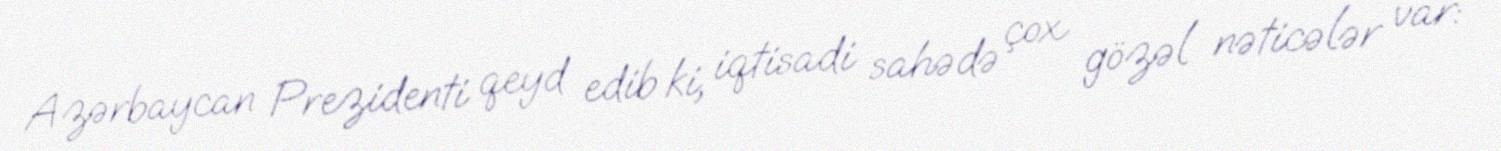
Azərbaycan Prezidenti qeyd edib ki, iqtisadi sahədə çox gözəl nəticələr var: